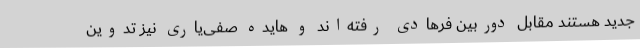
جدید هستند مقابل دوربین فرهادی رفته‌اند و هایده صفی‌یاری نیز تدوین